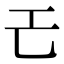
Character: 𢀒